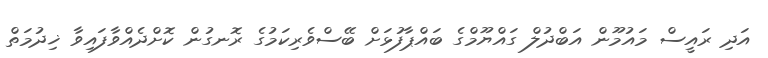
އަދި ރައީސް މައުމޫން އަބްދުލް ގައްޔޫމްގެ ބައްޕާފުޅަށް ބޭސްވެރިކަމުގެ ރޮނގުން ކޮށްދެއްވާފައިވާ ޚިދުމަތް